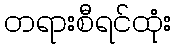
တရားစီရင်ထုံး